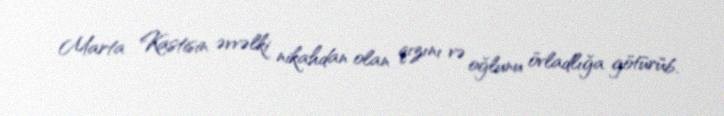
Marta Kastisin əvvəlki nikahdan olan qızını və oğlunu övladlığa götürüb.